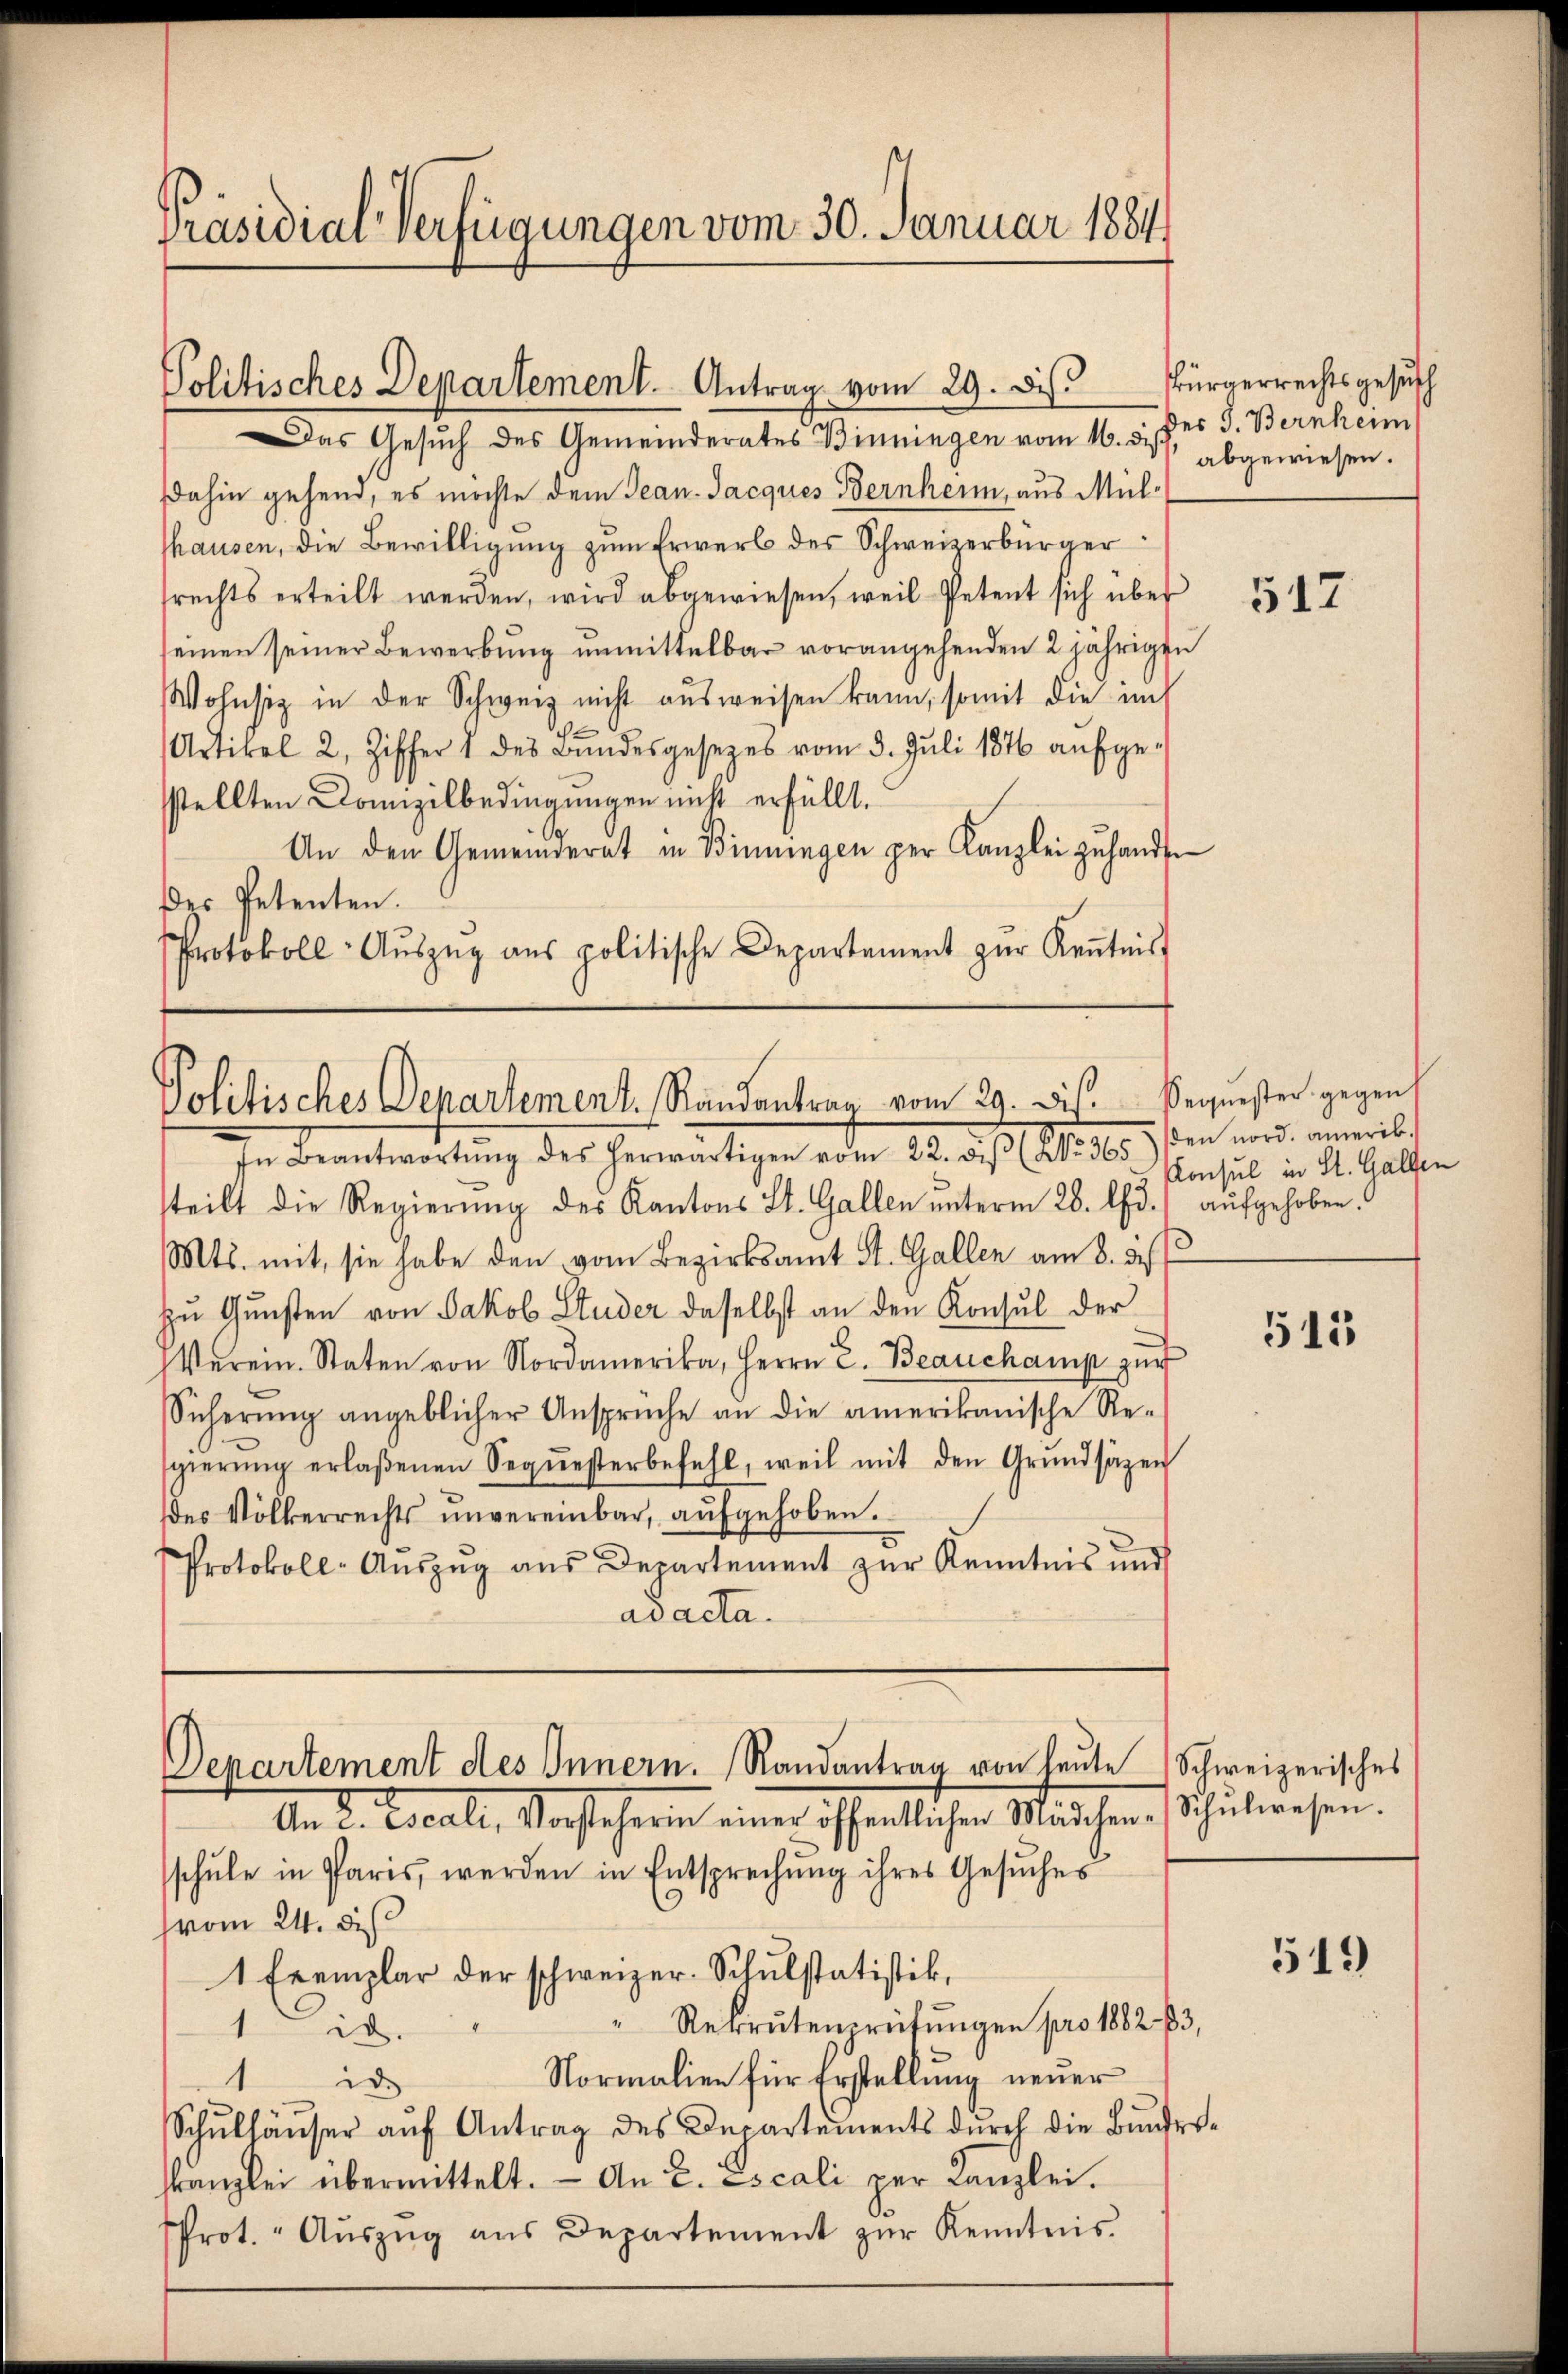
Präsidial-Verfügungen vom 30. Januar 1884

Politisches Departement. Antrag vom 29. d. Bürgerrechtsgesuch

Das Gesuch des Gemeinderates Binningen vom 16. 5. des J. Bernheim
dahin gehend, es möchte dem Jean-Jacques Bernheim, aus Mülthausen, die Bewilligung zum Erwerb des Schweizerbürger
srechts erteilt werden, wird abgewiesen, weil Petent sich über
seinen seiner Bewerbung unmittelbar vorangehenden 2 jährigen
Wohnsiz in der Schweiz nicht ausweisen kann, somit die im
Artikel 2, Ziffer 1 des Bŭndesgesezes vom 3. Juli 1876 aufge-
sstellten Domizilbedingungen nicht erfüllt.
An den Gemeinderat in Binningen per Kanzlei zuhanden
der Petenten.
Protokoll- Aŭszŭg ans politische Departement zŭr Keṅtnis

Politisches Departement. Randantrag vom 29. Dis. Bequester gegen
In Beantwortung des herwärtigen aber 14. des Art. 10.

steilt die Regierung des Kantons St. Gallen unterm 28. Chr.) aufgehoben.
Mts. mit, sie habe den vom Bezirksamt St. Gallen am 8. d.
zu Gunsten von Jakob Studer daselbst an den Konsul der
Verein. Staten von Nordamerika, Herrn C. Beauchamp zŭr
Sicherŭng angeblicher Ansprüche an die amerikanische Re-
sgierŭng erlaßenen Sequesterbefehl, weil mit den Grŭndsätzen
es Völkerrechts unvereinbar, aŭfgehoben.
Protokoll-Aŭszŭg aŭs Departement zŭr Kenntnis und
ad acta.

Departement des Innern. Randantrag von heŭte Schweizerisches

abgewiesen.

An 2. Locali, Vorsteherin einer öffentlichen Mädchen Schŭlwesen.
schŭle in Paris, werden in Entsprechŭng ihres Gesŭches
9
(vom 24. dieß
1 Exemplar der schweizer-Schulstatistik,
" Rekrutenprüfŭngen pro 1882. 13,
1id.
Normalien für Erstellung neuer
 d
Schŭlhäŭser aŭf Antrag des Departements dŭrch die Bŭndes-
skanzlei übermittelt. An E. Escali per Canzlei.
Prot. " Aŭszŭg aŭs Departement zŭr Kenntnis.

517

den nord. amerik.
Konsul in St. Gallen

515

519